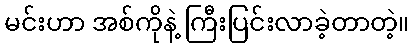
မင်းဟာ အစ်ကိုနဲ့ ကြီးပြင်းလာခဲ့တာတဲ့။